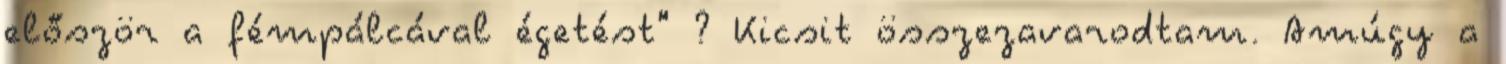
először a fémpálcával égetést" ? Kicsit összezavarodtam. Amúgy a